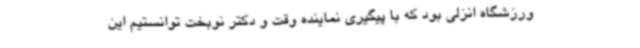
ورزشگاه انزلی بود که با پیگیری نماینده وقت و دکتر نوبخت توانستیم این